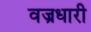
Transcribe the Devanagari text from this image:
वज्रधारी